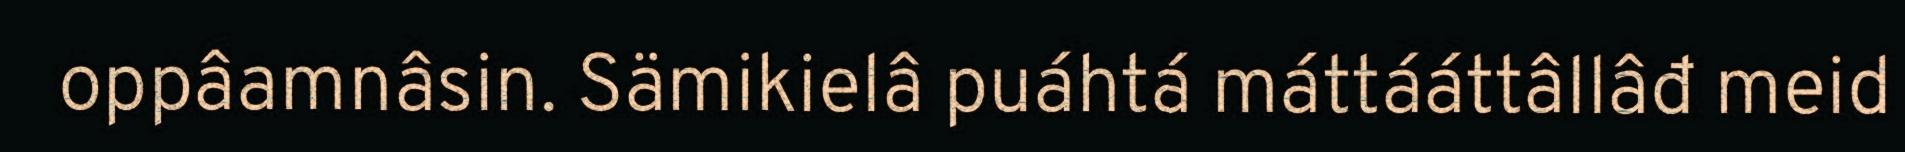
oppâamnâsin. Sämikielâ puáhtá máttááttâllâđ meid